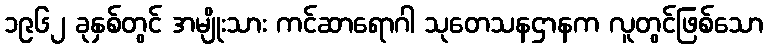
၁၉၆၂ ခုနှစ်တွင် အမျိုးသား ကင်ဆာရောဂါ သုတေသနဌာနက လူတွင်ဖြစ်သော